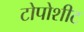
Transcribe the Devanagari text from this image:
टोपोशीट